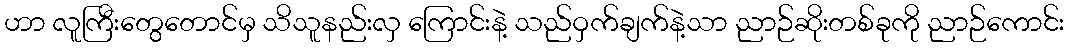
ဟာ လူကြီးတွေတောင်မှ သိသူနည်းလှ ကြောင်းနဲ့ သည်ဝှက်ချက်နဲ့သာ ညာဉ်ဆိုးတစ်ခုကို ညာဉ်ကောင်း